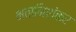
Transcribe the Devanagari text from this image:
भवानिशंकर